system: You are a helpful assistant.
user:
Analyze the provided spectrum to determine if it is a **M-type Giant (gM)**.

A M-type Giant spectrum is defined by its **strong molecular absorption** features, particularly from **Titanium Oxide (TiO)**. You must check for one of the following mutually exclusive signatures:

- **Key Visual Indicators (Absorption-Dominated Spectrum):**

    - **(Primary):** The spectrum is dominated by strong molecular absorption from **Titanium Oxide (TiO)**. This is the **defining feature** of its M-type temperature class.
        - **(Key Bandheads):** Look for sharp, "saw-tooth" absorption valleys. The strongest are located near **~7050 Å**, **~6160 Å**, and **~5170 Å**.
        - **(Line Profile):** The "saw-tooth" morphology is critical: a **sharp, steep drop on the BLUE (short-wavelength) side** of the bandhead, followed by a gradual recovery (rising flux) towards the RED (long-wavelength) side.

    - **(Key Confirmation - Giant vs. Dwarf):** **ABSENCE** of strong **Calcium Hydride (CaH)** molecular bands. This is the primary diagnostic for *excluding* M-dwarfs.
        - **(Key Region):** The spectrum should lack the strong, broad absorption band seen in dwarfs between **~6800 Å and ~7000 Å**.

    - **(Secondary Confirmation - Giant):** A very strong and broad **Neutral Calcium (Ca I)** atomic absorption line.
        - **(Key Line):** Located at **~4226 Å**. In a giant (gM), this line is significantly deeper and broader than the same line in an M-dwarf (dM) due to low surface gravity.

    - **(Overall Spectrum):**
        - The continuum is **extremely red-sloping** (i.e., flux is very low in the blue and rises dramatically towards the red).
        - The entire spectrum appears "chopped up" by the deep TiO bands.

Think first, call **spectral_visualization_tool** if needed to examine features in detail, then provide your final answer. Your response must adhere to the following strict rules:
1.  **Overall Structure:** Your response must follow the format `<think>...</think> <tool_call>...</tool_call> (if a tool is used) <answer>...</answer>`.
2.  **Tool Usage Constraint:** You may only make **one** tool call per turn.
3.  **Final Answer Format:** In the `<answer>` tag, your conclusion must be inside a `\boxed{}` command (e.g., `\boxed{YES}` or `\boxed{NO}`), followed by your justification.

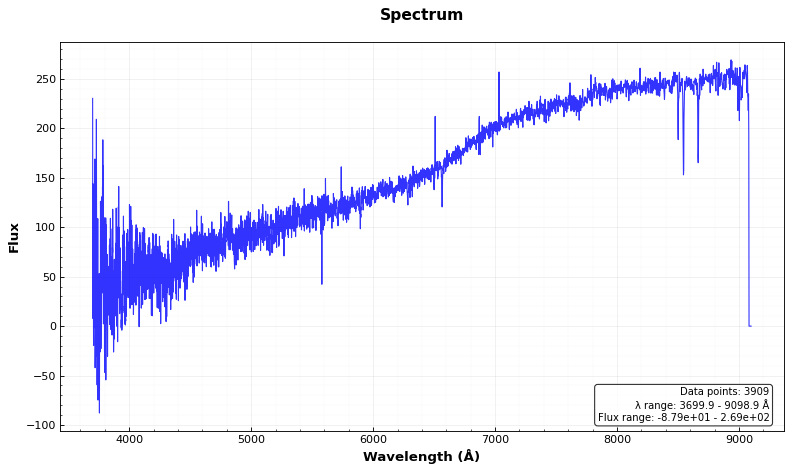
Answer: NO